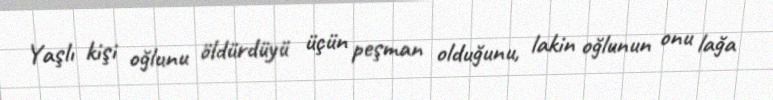
Yaşlı kişi oğlunu öldürdüyü üçün peşman olduğunu, lakin oğlunun onu lağa